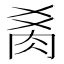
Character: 𰮍